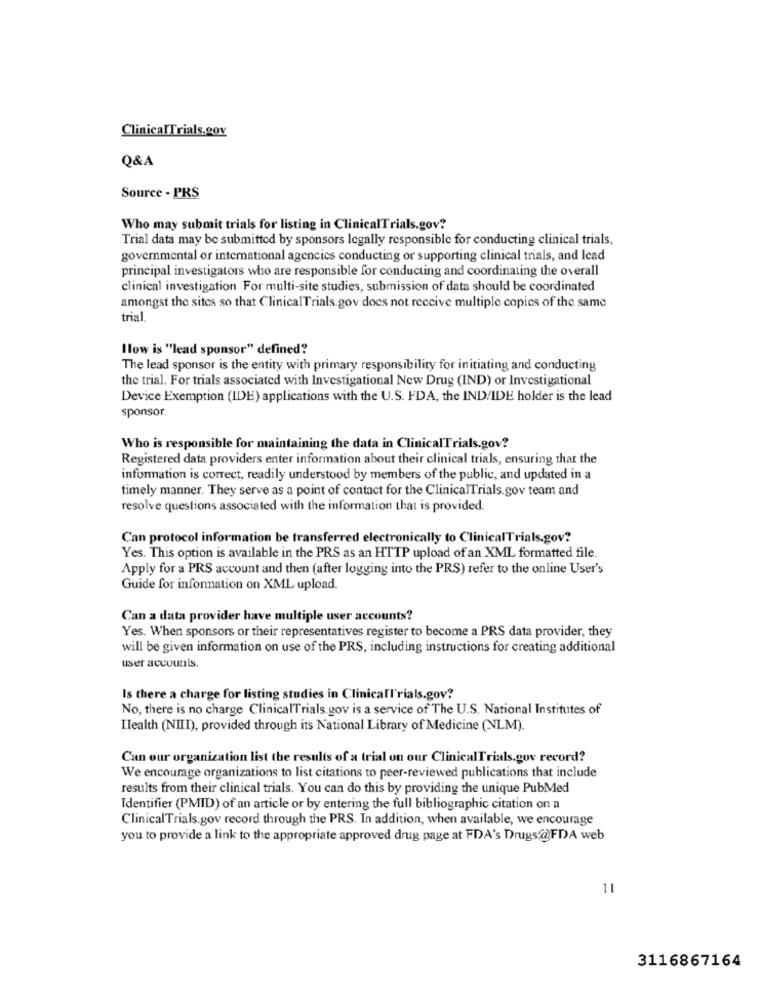
ClinicalTrials.gov
Q&A
Source - PRS
Who may submit trials for listing in ClinicalTrials.gov?
Trial data may be submitted by sponsors legally responsible for conducting clinical trials,
governmental or international agencies conducting or supporting clinical trials, and lead
principal investigators who are responsible for conducting and coordinating the overall
clinical investigation For multi-site studies, submission of data should be coordinated
amongst the sites so that ClinicalTrials. gov does not receive multiple copies of the same
trial
llow is "lead sponsor" defined?
The lead sponsor is the entity with primary responsibility for initiating and conducting
the trial. For trials associated with Investigational New Drug (IND) or Investigational
Device Exemption (IDE) applications with the U.S. FDA, the IND/IDE holder is the lead
sponsor.
Who is responsible for maintaining the data in ClinicalTrials.gov?
Registered data providers enter information about their clinical trials, ensuring that the
information is correct, readily understood by members of the public, and updated in a
timely manner. They serve as a point of contact for the ClinicalTrials.gov team and
resolve questions associated with the information that is provided
Can protocol information be transferred electronically to ClinicalTrials.gov?
Yes. This option is available in the PRS as an HTTP upload of an XML formatted file.
Apply for a PRS account and then (after logging into the PRS) refer to the online User's
Guide for information on XML upload.
Can a data provider have multiple user accounts?
Yes. When sponsors or their representatives register to become a PRS data provider, they
will be given information on use of the PRS, including instructions for creating additional
user accounts.
Is there a charge for listing studies in Clinicall'rials.gov?
No, there is no charge ClinicalTrials gov is a service of The U.S. National Institutes of
Ilealth (NIII), provided through its National Library of Medicine (NLM).
Can our organization list the results of a trial on our ClinicalTrials.gov record?
We encourage organizations to list citations to peer-reviewed publications that include
results from their clinical trials. You can do this by providing the unique PubMed
Identifier (PMID) of an article or by entering the full bibliographic citation on a
ClinicalTrials.gov record through the PRS. In addition, when available, we encourage
you to provide a link to the appropriate approved drug page at FDA's Drugs@FDA web
11
3116867164